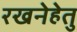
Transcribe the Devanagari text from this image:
रखनेहेतु